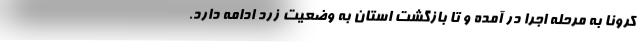
کرونا به مرحله اجرا در آمده و تا بازگشت استان به وضعیت زرد ادامه دارد.